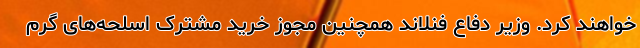
خواهند کرد. وزیر دفاع فنلاند همچنین مجوز خرید مشترک اسلحه‌های گرم